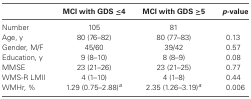
<table><thead><tr><td></td><td><b>MCI with GDS ≤4</b></td><td><b>MCI with GDS ≥5</b></td><td><b><i>p</i>-value</b></td></tr></thead><tbody><tr><td>Number</td><td>105</td><td>81</td><td></td></tr><tr><td>Age, y</td><td>80 (76–82)</td><td>80 (77–83)</td><td>0.13</td></tr><tr><td>Gender, M/F</td><td>45/60</td><td>39/42</td><td>0.57</td></tr><tr><td>Education, y</td><td>9 (8–10)</td><td>8 (8–9)</td><td>0.08</td></tr><tr><td>MMSE</td><td>23 (21–26)</td><td>23 (21–25)</td><td>0.77</td></tr><tr><td>WMS-R LMII</td><td>4 (1–10)</td><td>4 (1–8)</td><td>0.44</td></tr><tr><td>WMHr, %</td><td>1.29 (0.75–2.88)<i><sup>a</sup></i></td><td>2.35 (1.26–3.19)<i><sup>a</sup></i></td><td>0.006</td></tr></tbody></table>